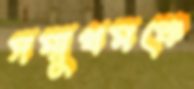
সম্মুখমঞ্চে